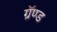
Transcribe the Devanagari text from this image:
ग्रॅण्ड